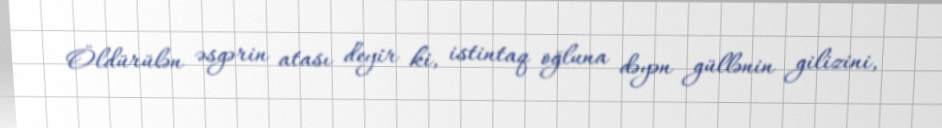
Öldürülən əsgərin atası deyir ki, istintaq oğluna dəyən güllənin gilizini,